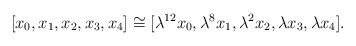
\begin{align*}[x_0,x_1,x_2,x_3,x_4] \cong [\lambda^{12}x_0,\lambda^8x_1, \lambda^2x_2,\lambda x_3,\lambda x_4].\end{align*}